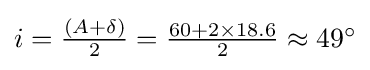
{\textstyle i={\frac {(A+\delta )}{2}}={\frac {60+2\times 18.6}{2}}\approx 49^{\circ }}